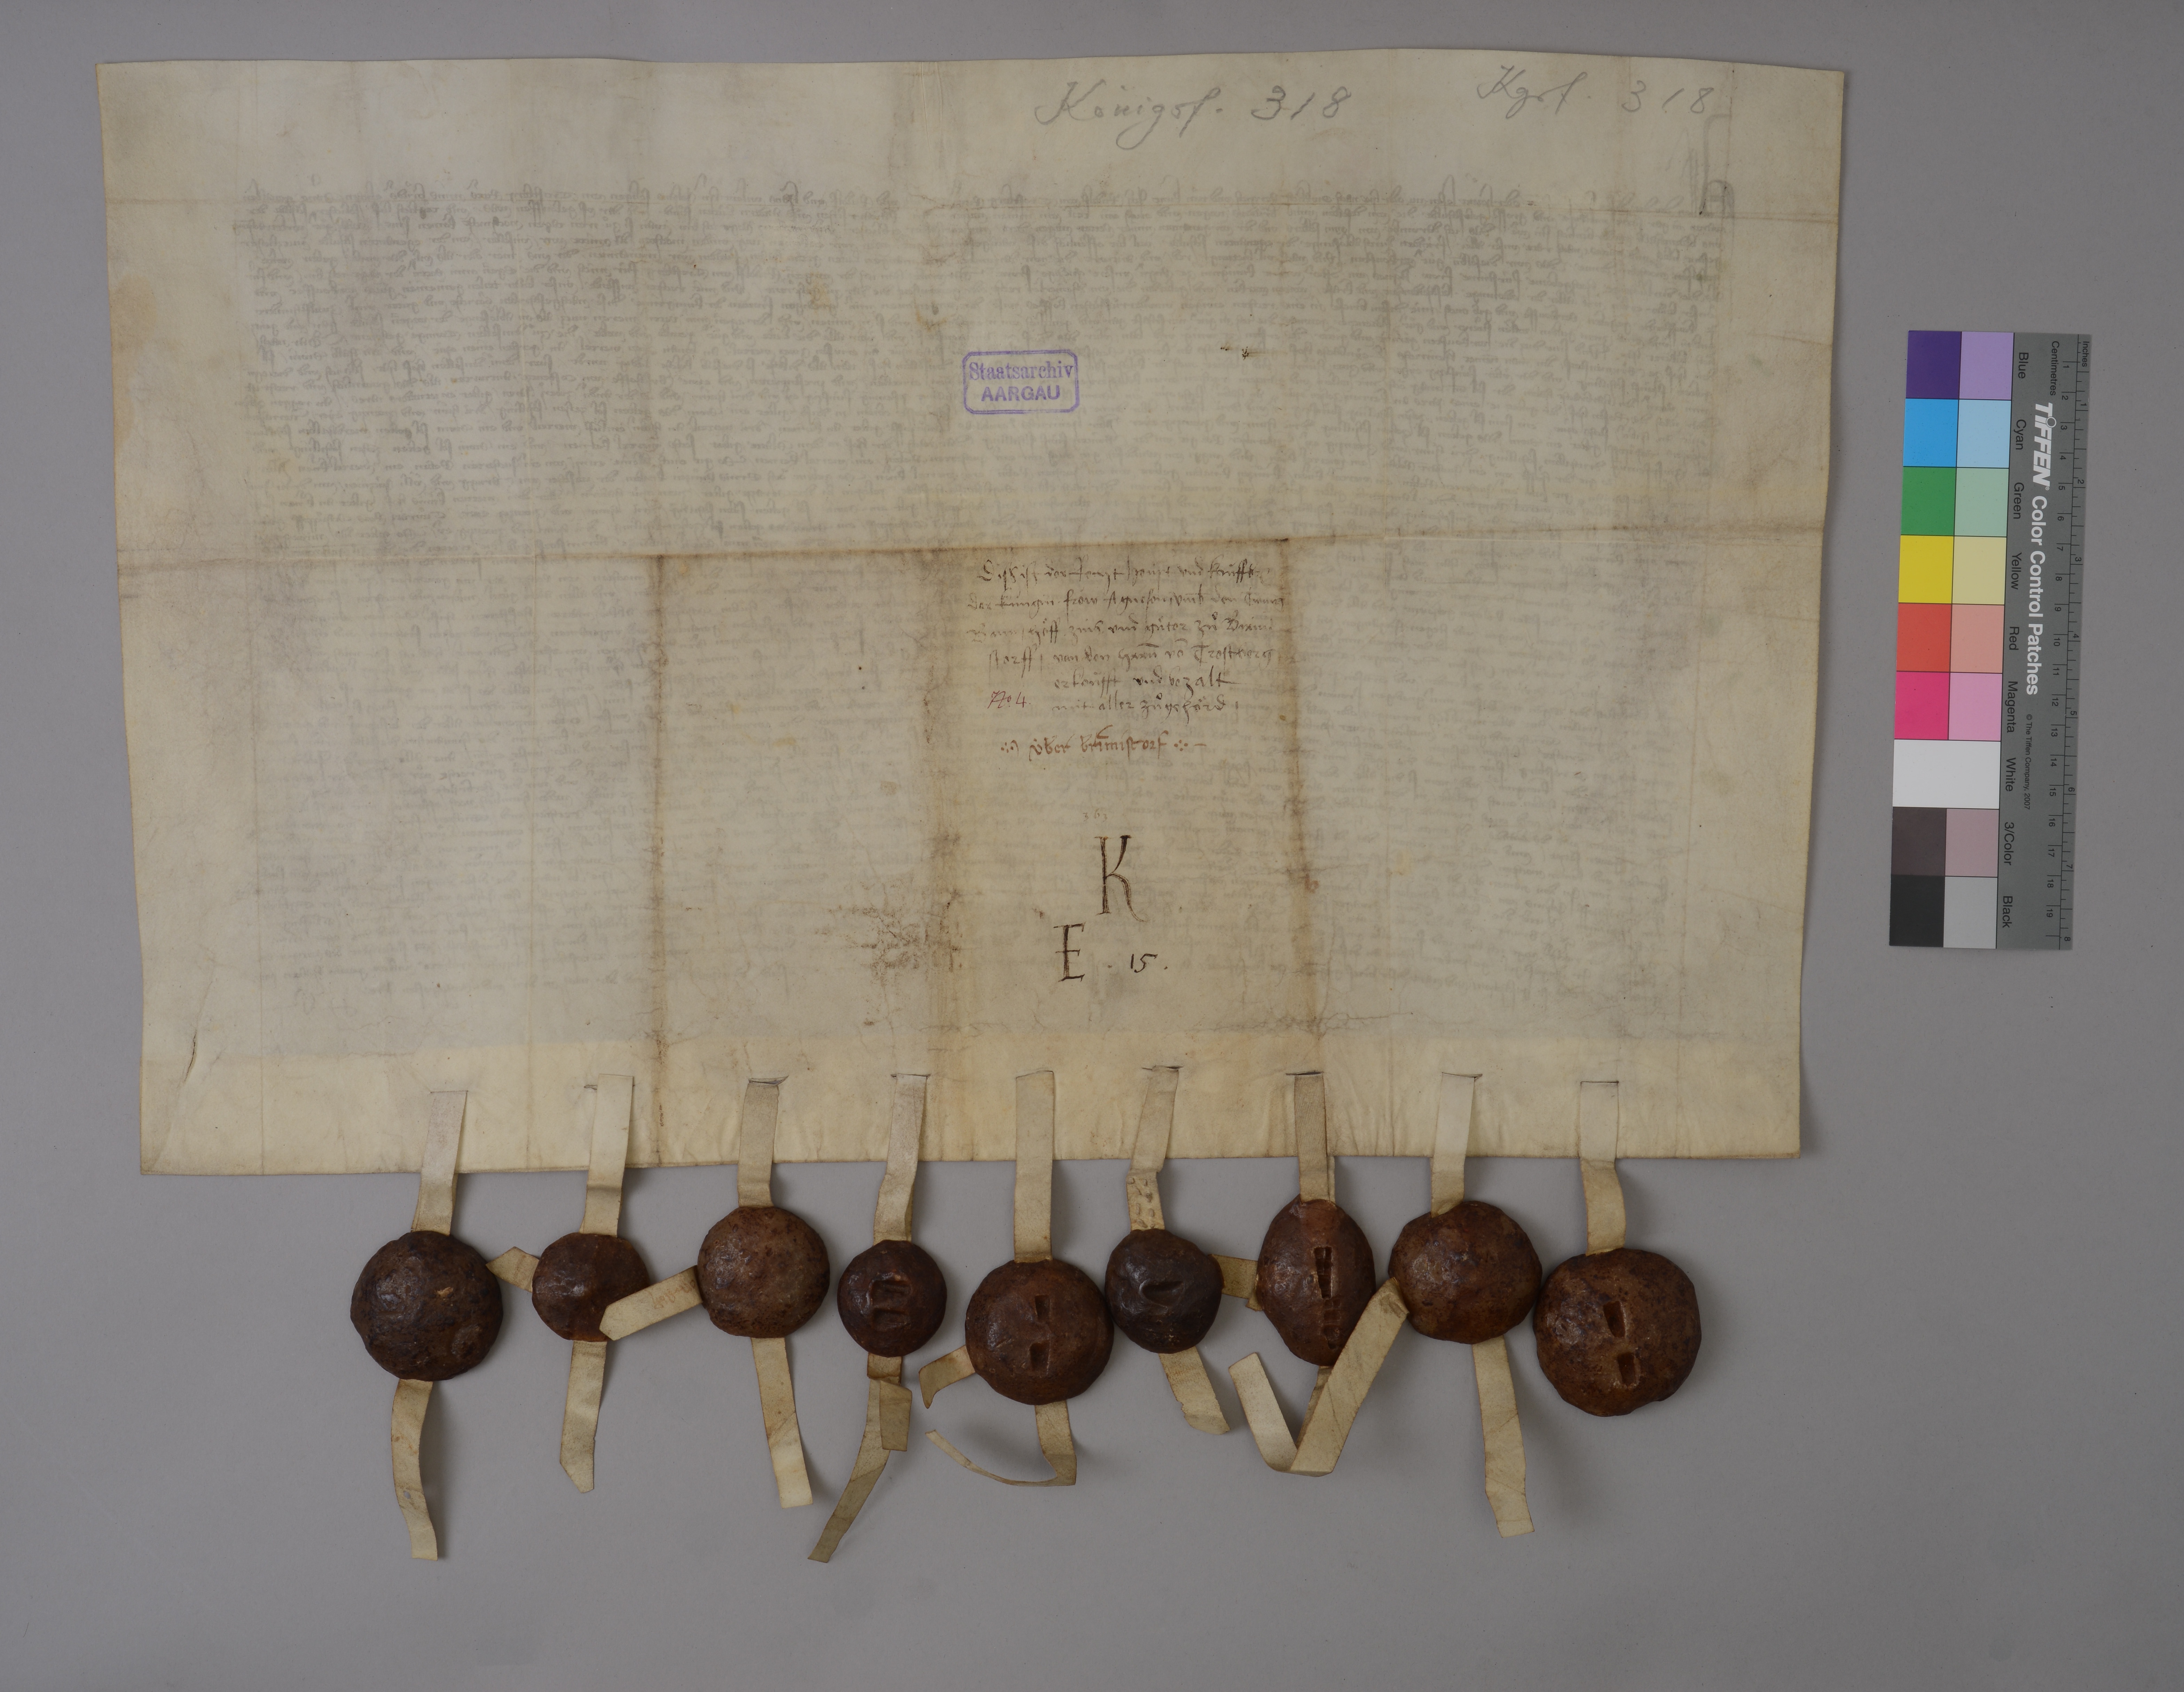
Transcription:
Kgsf. 318

Königsf. 318

✳

Staatsarchiv
AARGAU

diss ist der recht hoùpt und koùffbr₎
der kùngin fròw Agnesen ✳ umb̄ den twing
bann ✳ hoͤff ✳ zins ✳ und guͤter zuͦ Birmi¬
storff ✳ von den hrrn̄ vō Trostberg
erkoùfft und bezalt
mit aller zuͦgehoͤrd ✳

Nͦ✳ 4 ✳

✳ ùber Birmistorf ✳

der x brieff

363

K
E ✳ 15 ✳